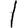
Digit: 1